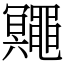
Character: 鼆